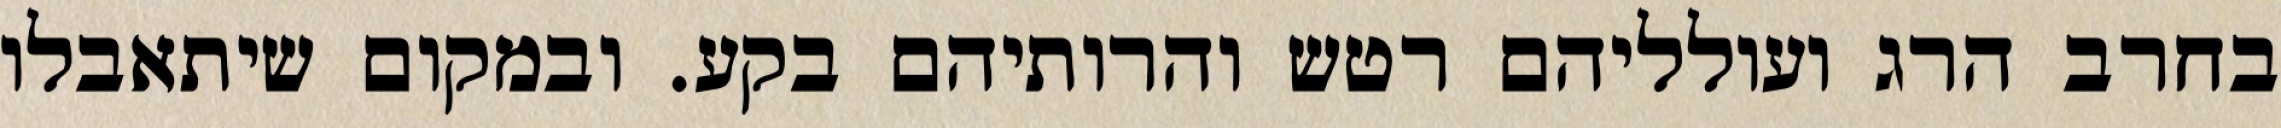
בחרב הרג ועולליהם רטש והרותיהם בקע. ובמקום שיתאבלו